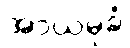
အာယမုခံ